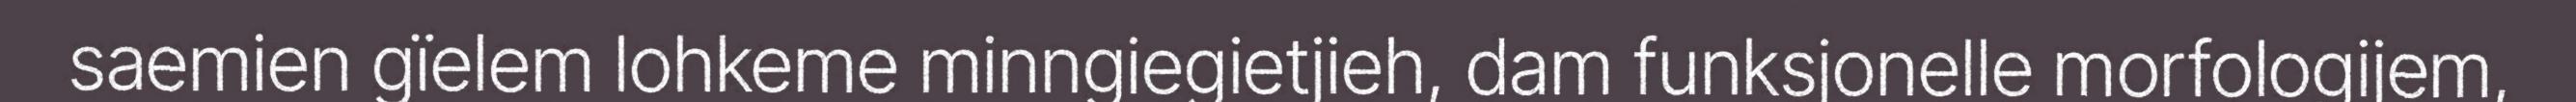
saemien gïelem lohkeme minngiegietjieh, dam funksjonelle morfologijem,